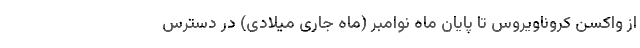
از واکسن کروناویروس تا پایان ماه نوامبر (ماه جاری میلادی) در دسترس